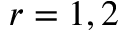
r = 1 , 2